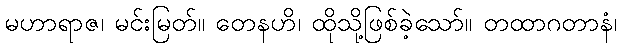
မဟာရာဇ၊ မင်းမြတ်။ တေနဟိ၊ ထိုသို့ဖြစ်ခဲ့သော်။ တထာဂတာနံ၊